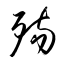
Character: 殤